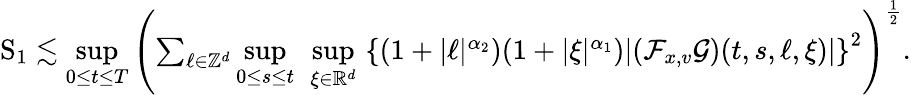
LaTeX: \begin{array}{r}{\mathrm{S}_{1}\lesssim\underset{0\leq t\leq T}{\operatorname*{sup}}\left(\sum_{\ell\in\mathbb Z^{d}}\underset{0\leq s\leq t}{\operatorname*{sup}}\ \underset{\xi\in\mathbb R^{d}}{\operatorname*{sup}}\, \left\lbrace(1+\vert\ell\vert^{\alpha_{2}})(1+\vert\xi\vert^{\alpha_{1}})\vert(\mathcal{F}_{x,v}\mathcal{G})(t,s,\ell,\xi)\vert\right\rbrace^{2}\right)^{\frac{1}{2}}.}\end{array}